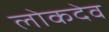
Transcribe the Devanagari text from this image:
लोकदेव